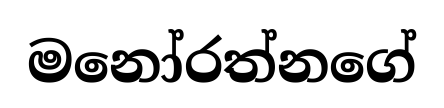
මනෝරත්නගේ